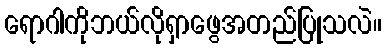
ရောဂါကိုဘယ်လိုရှာဖွေအတည်ပြုသလဲ။